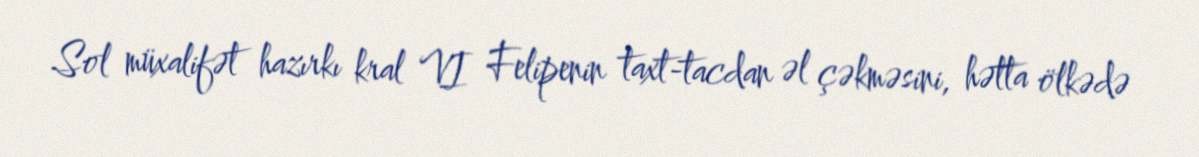
Sol müxalifət hazırkı kral VI Felipenin taxt-tacdan əl çəkməsini, hətta ölkədə